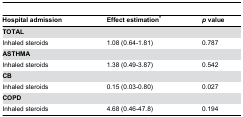
| Hospital admission | Effect estimation* | p value |
 | --- | --- | --- |
 | TOTAL |  |  |
 | Inhaled steroids | 1.08 (0.64-1.81) | 0.787 |
 | ASTHMA |  |  |
 | Inhaled steroids | 1.38 (0.49-3.87) | 0.542 |
 | CB |  |  |
 | Inhaled steroids | 0.15 (0.03-0.80) | 0.027 |
 | COPD |  |  |
 | Inhaled steroids | 4.68 (0.46-47.8) | 0.194 |